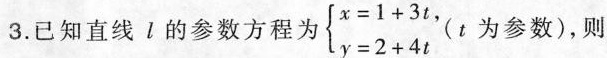
3.已知直线l的参数方程为 $$\left\{ \begin{matrix} x=1+3t, \\ y=2+4t \\ \end{matrix} \right.$$ (t为参数)，则